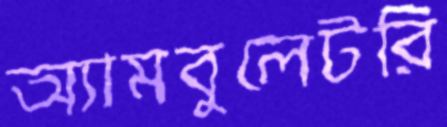
অ্যামবুলেটরি